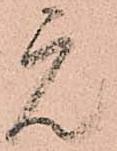
元